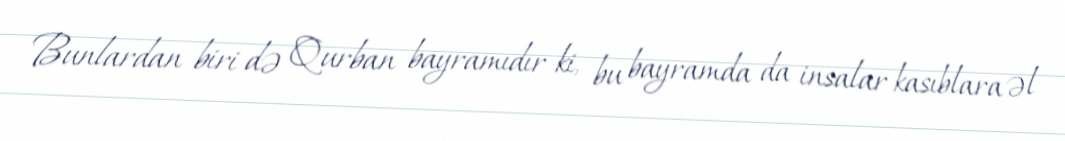
Bunlardan biri də Qurban bayramıdır ki, bu bayramda da insalar kasıblara əl